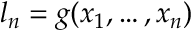
l _ { n } = g ( x _ { 1 } , \ldots , x _ { n } )